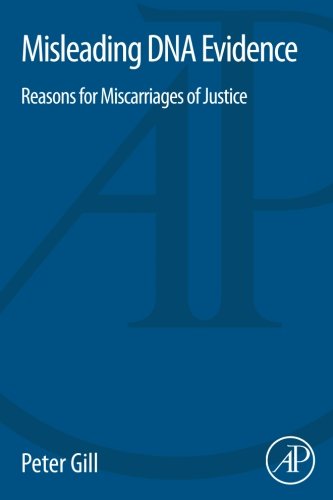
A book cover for Misleading DNA Evidence: Reasons for Miscarriages of Justice; Peter Gill; Politics & Social Sciences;